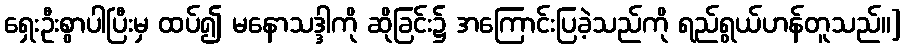
ရှေးဦးစွာပါပြီးမှ ထပ်၍ မနောသဒ္ဒါကို ဆိုခြင်း၌ အကြောင်းပြခဲ့သည်ကို ရည်ရွယ်ဟန်တူသည်။]